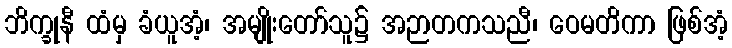
ဘိက္ခုနီ ထံမှ ခံယူအံ့၊ အမျိုးတော်သူ၌ အဉာတကသညီ၊ ဝေမတိကာ ဖြစ်အံ့